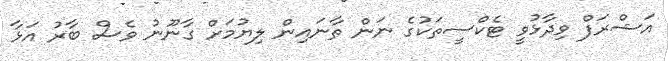
އަޝްރަފް ވިދާޅުވީ ޓެކްސީތަކުގެ ނަން ތާނައިން ލިޔުމަށް ގާނޫނު ވެސް ބާރު އަޅާ